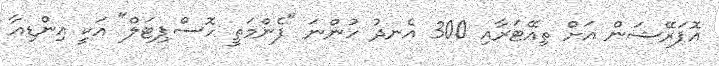
އޮޕަރޭޝަން އަށް ތިއޭޓަރާއި 300 އެނދު ހުންނަ "ފެންމަތީ ހޮސްޕިޓަލް" އަކީ އިންޑިއާ